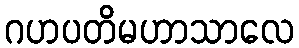
ဂဟပတိမဟာသာလေ